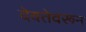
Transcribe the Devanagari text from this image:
देवतेवरून